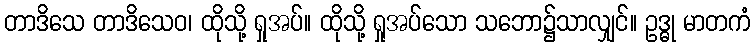
တာဒိသေ တာဒိသေဝ၊ ထိုသို့ ရှုအပ်။ ထိုသို့ ရှုအပ်သော သဘော၌သာလျှင်။ ဥဒ္ဓု မာတကံ